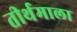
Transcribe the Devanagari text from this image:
तीर्थमाला